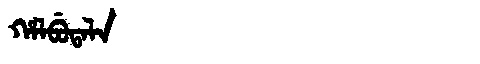
Manchu: ᡥᠠᠯᠪᡠᡨᠠᠯᠠ
Romanization: HALBUTALA